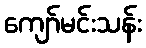
ကျော်မင်းသန်း